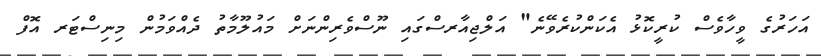
އަހަރުގެ ވީހާވެސް ކުރީކޮޅު އެކަންކުރެވޭނެ" އަލްޖިއާރސްގައި ނޫސްވެރިންނަށް މައުލޫމާތު ދެއްވަމުން މިނިސްޓަރ އޮފް